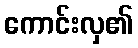
ကောင်းလှ၏